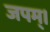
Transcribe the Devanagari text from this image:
जपम्‌।